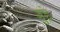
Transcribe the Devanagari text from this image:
जुड़े़